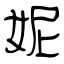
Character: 妮